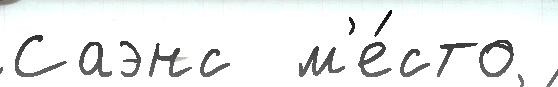
Саэнс  м'е́сто